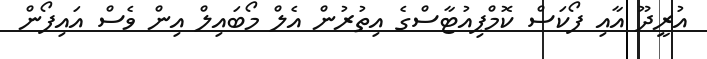
އުރީދޫ އާއި ފޯކަސް ކޮމްޕިއުޓާސްގެ އިތުރުން އެލް މޯބައިލް އިން ވެސް އައިފޯން